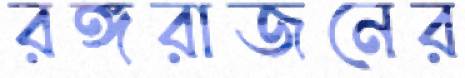
রঙ্গরাজনের